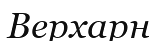
Верхарн